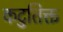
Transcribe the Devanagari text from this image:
कटुतिक्त